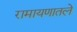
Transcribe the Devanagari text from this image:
रामायणातले